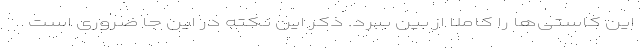
این کاستی‌ها را کاملا از بین ببرد. ذکر این نکته در این جا ضروری است